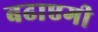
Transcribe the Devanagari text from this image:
बढाएगी